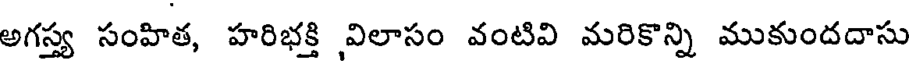
అగస్త్య సంహిత, హరిభక్తి విలాసం వంటివి మరికొన్ని ముకుందదాసు